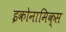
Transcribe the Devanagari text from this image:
इकोनामिक्स